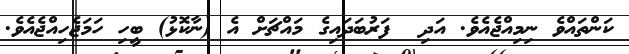
ކަންތައްވެ ނިމިއްޖެއެވެ. އަދި  ފަރުބަދައިގެ މައްޗަށް އެ (ނާކޮޅު) ބީހި ހަމަޖެހިއްޖެއެވެ.